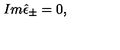
I m \hat { \epsilon } _ { \pm } = 0 ,